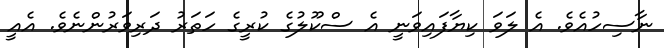
ނާސިހުއެވެ. އެ ލަވަ ކިޔާފައިވަނީ އެ ސްކޫލުގެ ކުރީގެ ހަތަރު ދަރިވަރުންނެވެ. އެއީ